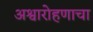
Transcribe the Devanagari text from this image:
अश्वारोहणाचा